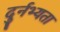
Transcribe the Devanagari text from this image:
दुर्नभ्यता